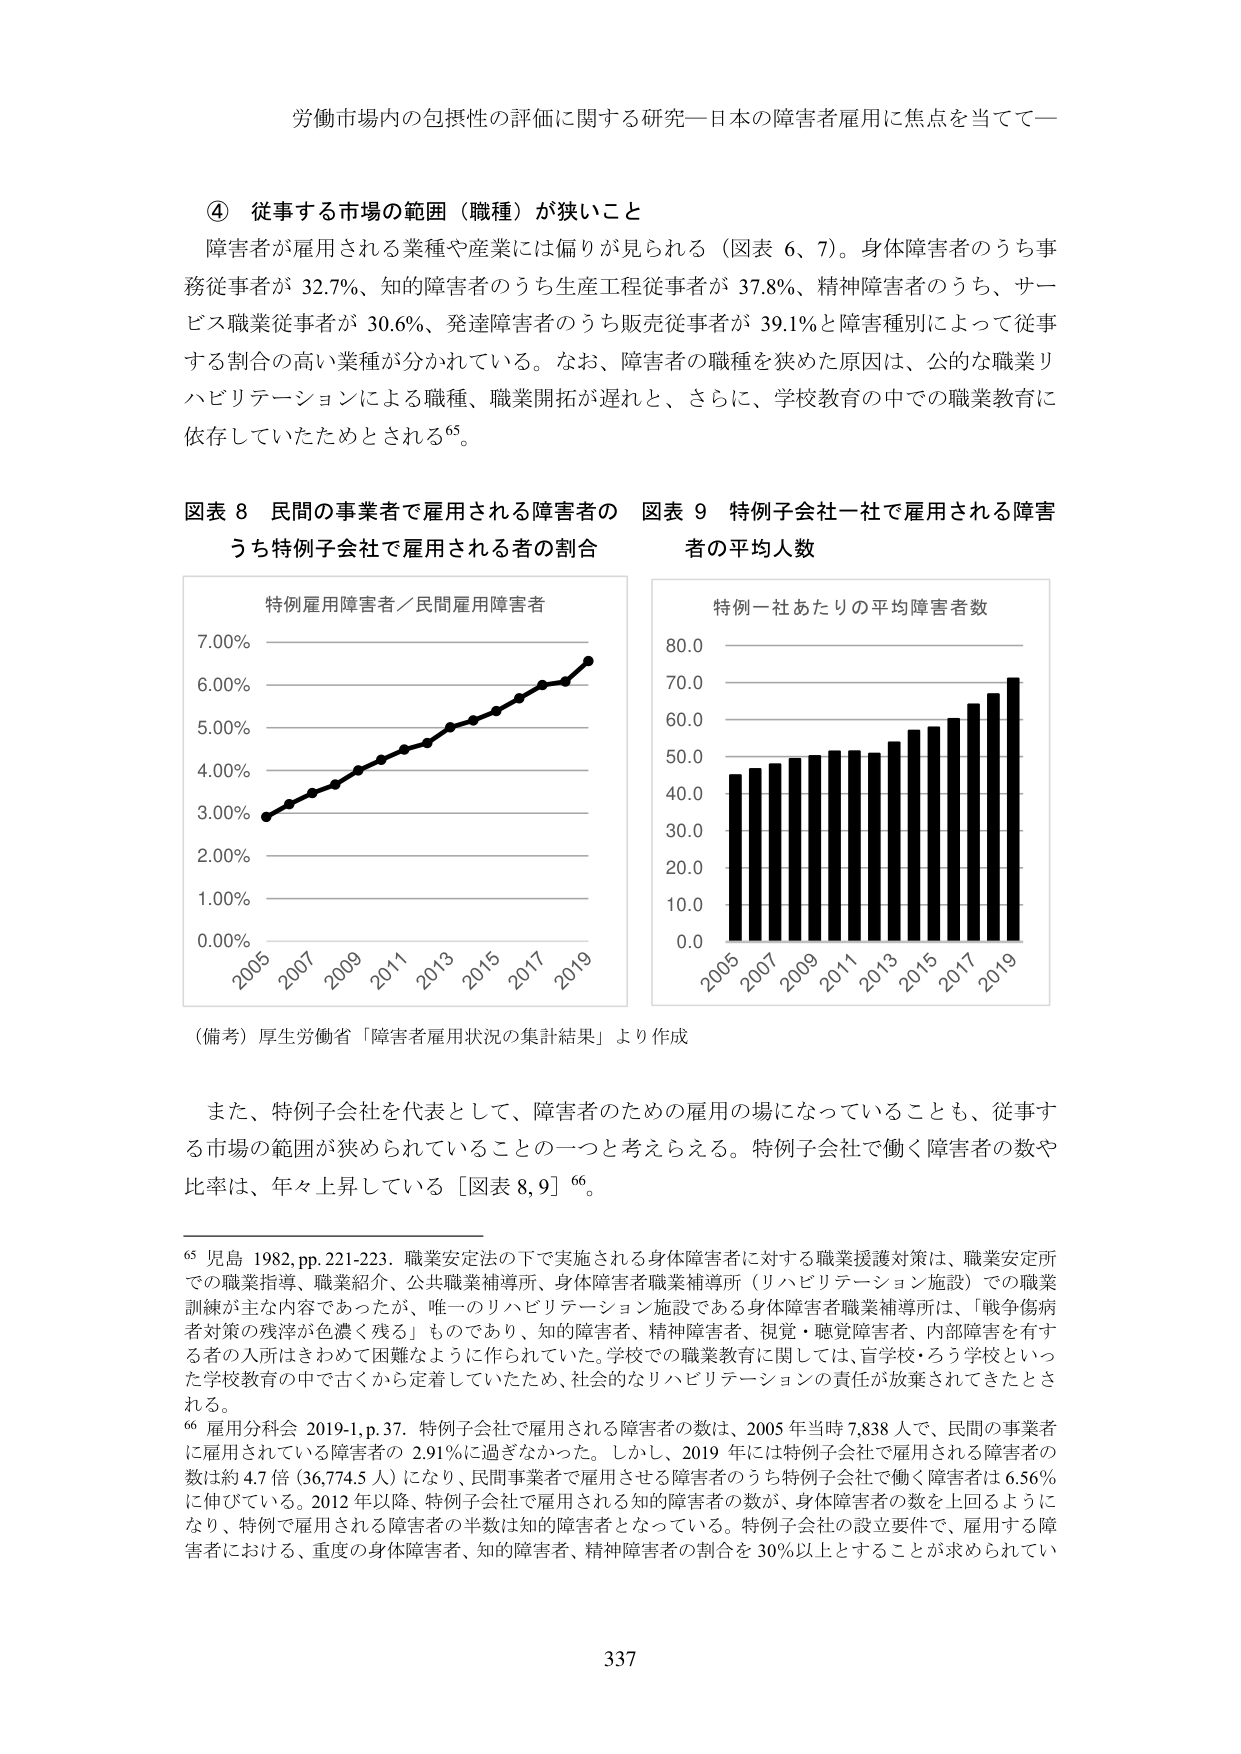
労働市場内の包摂性の評価に関する研究―日本の障害者雇用に焦点を当てて―

④ 従事する市場の範囲（職種）が狭いこと

障害者が雇用される業種や産業には偏りが見られる（図表 6、7）。身体障害者のうち事務従事者が 32.7%、知的障害者のうち生産工程従事者が 37.8%、精神障害者のうち、サービス職業従事者が 30.6%、発達障害者のうち販売従事者が 39.1%と障害種別によって従事する割合の高い業種が分かれている。なお、障害者の職種を狭めた原因は、公的な職業リハビリテーションによる職種、職業開拓が遅れと、さらに、学校教育の中での職業教育に依存していたためとされる65。

図表 8 民間の事業者で雇用される障害者のうち特例子会社で雇用される者の割合

特例雇用障害者／民間雇用障害者

7.00%

6.00%

5.00%

4.00%

3.00%

2.00%

1.00%

0.00%

2005 2007 2009 2011 2013 2015 2017 2019

図表 9 特例子会社一社で雇用される障害者の平均人数

特例一社あたりの平均障害者数

80.0

70.0

60.0

50.0

40.0

30.0

20.0

10.0

0.0

2005 2007 2009 2011 2013 2015 2017 2019

（備考）厚生労働省「障害者雇用状況の集計結果」より作成

また、特例子会社を代表として、障害者のための雇用の場になっていることも、従事する市場の範囲が狭められていることの一つと考えらえる。特例子会社で働く障害者の数や比率は、年々上昇している［図表 8,9］66。

65 児島 1982, pp. 221-223. 職業安定法の下で実施される身体障害者に対する職業援護対策は、職業安定所での職業指導、職業紹介、公共職業補導所、身体障害者職業補導所（リハビリテーション施設）での職業訓練が主な内容であったが、唯一のリハビリテーション施設である身体障害者職業補導所は、「戦争傷病者対策の残滓が色濃く残る」ものであり、知的障害者、精神障害者、視覚・聴覚障害者、内部障害を有する者の入所はきわめて困難なように作られていた。学校での職業教育に関しては、盲学校・ろう学校といった学校教育の中で古くから定着していたため、社会的なリハビリテーションの責任が放棄されてきたとされる。

66 雇用分科会 2019-1, p. 37. 特例子会社で雇用される障害者の数は、2005 年当時 7,838 人で、民間の事業者に雇用されている障害者の 2.91%に過ぎなかった。しかし、2019 年には特例子会社で雇用される障害者の数は約 4.7 倍（36,774.5 人）になり、民間事業者で雇用させる障害者のうち特例子会社で働く障害者は 6.56%に伸びている。2012 年以降、特例子会社で雇用される障害者の数が、身体障害者の数を上回るようになり、特例で雇用される障害者の半数は知的障害者となっている。特例子会社の設立要件で、雇用する障害者における、重度の身体障害者、知的障害者、精神障害者の割合を 30%以上とすることが求められてい

337